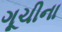
ગૂચીના